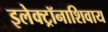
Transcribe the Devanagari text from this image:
इलेक्ट्रॉनाशिवाय